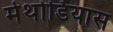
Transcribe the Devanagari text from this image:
मेथोडियास